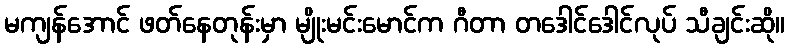
မကျန်အောင် ဖတ်နေတုန်းမှာ မျိုးမင်းမောင်က ဂီတာ တဒေါင်ဒေါင်လုပ် သီချင်းဆို။